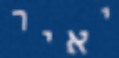
יאיר